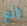
رائع